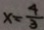
x = \frac { 4 } { 3 }